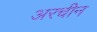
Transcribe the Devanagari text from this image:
अरचीन